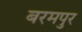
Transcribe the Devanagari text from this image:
बरमपुर